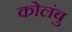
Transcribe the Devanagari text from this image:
कोलंबु